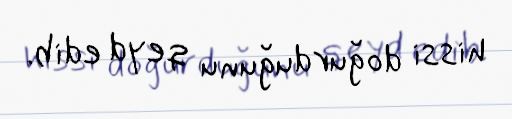
hissi doğurduğunu qeyd edib.